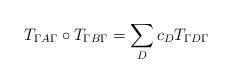
LaTeX: \begin{align*}T_{\Gamma A \Gamma } \circ T_{\Gamma B \Gamma} = \sum_{D} c_{D} T_{\Gamma D \Gamma}\end{align*}